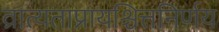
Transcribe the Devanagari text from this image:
व्रात्यताप्रायश्चित्तनिर्णय